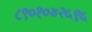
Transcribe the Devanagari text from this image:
८९०१०४२५९५